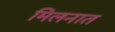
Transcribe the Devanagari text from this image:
मिलनात